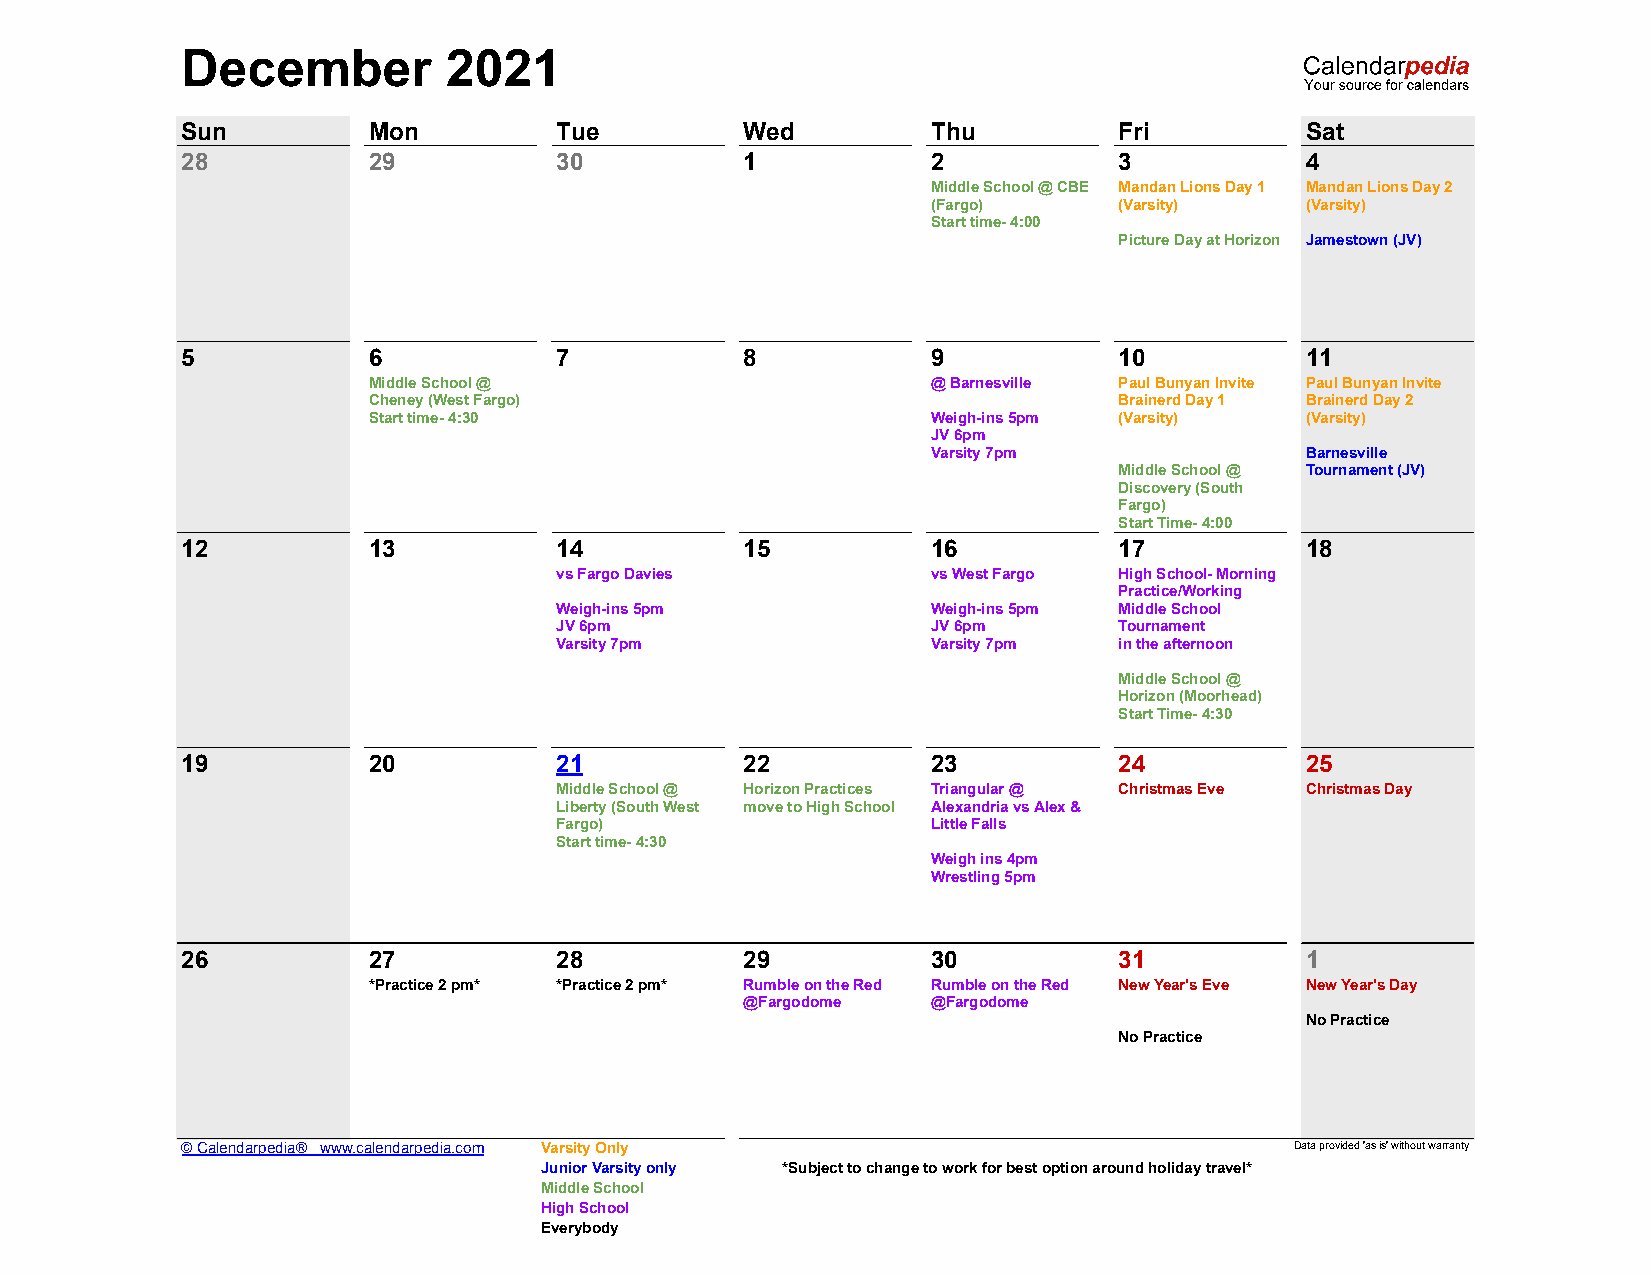
December          2021
 Sun         Mon          Tue         Wed          Thu         Fri         Sat
 28          29           30          1            2           3           4
 Middle School @ CBE Mandan Lions Day 1 Mandan Lions Day 2
 (Fargo)     (Varsity)   (Varsity)
 Start time- 4:00
 Picture Day at Horizon Jamestown (JV)
 5           6            7           8            9           10          11
 Middle School @                       @ Barnesville Paul Bunyan Invite Paul Bunyan Invite
 Cheney (West Fargo)                               Brainerd Day 1 Brainerd Day 2
 Start time- 4:30                      Weigh-ins 5pm (Varsity) (Varsity)
 JV 6pm
 Varsity 7pm             Barnesville
 Middle School @ Tournament (JV)
 Discovery (South
 Fargo)
 Start Time- 4:00
 12          13           14          15           16          17          18
 vs Fargo Davies          vs West Fargo High School- Morning
 Practice/Working
 Weigh-ins 5pm            Weigh-ins 5pm Middle School
 JV 6pm                   JV 6pm      Tournament
 Varsity 7pm              Varsity 7pm in the afternoon
 Middle School @
 Horizon (Moorhead)
 Start Time- 4:30
 19          20           21          22           23          24          25
 Middle School @ Horizon Practices Triangular @ Christmas Eve Christmas Day
 Liberty (South West move to High School Alexandria vs Alex &
 Fargo)                   Little Falls
 Start time- 4:30
 Weigh ins 4pm
 Wrestling 5pm
 26          27           28          29           30          31          1
 *Practice 2 pm* *Practice 2 pm* Rumble on the Red Rumble on the Red New Year's Eve New Year's Day
 @Fargodome   @Fargodome
 No Practice
 No Practice
 © Calendarpedia® www.calendarpedia.com Varsity Only                       Data provided 'as is' without warranty
 Junior Varsity only *Subject to change to work for best option around holiday travel*
 Middle School
 High School
 Everybody